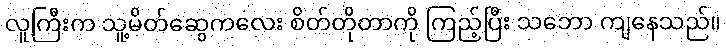
လူကြီးက သူ့မိတ်ဆွေကလေး စိတ်တိုတာကို ကြည့်ပြီး သဘော ကျနေသည်။